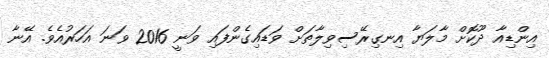
އިންޑިއާ ދޫކޮށް މާލަޔާ އިނގިރޭސިވިލާތަށް ވަޑައިގެންފައި ވަނީ 2016 ވަނަ އަހަރުއެވެ. އޭނާ